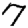
Digit: 7